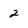
Character: 2